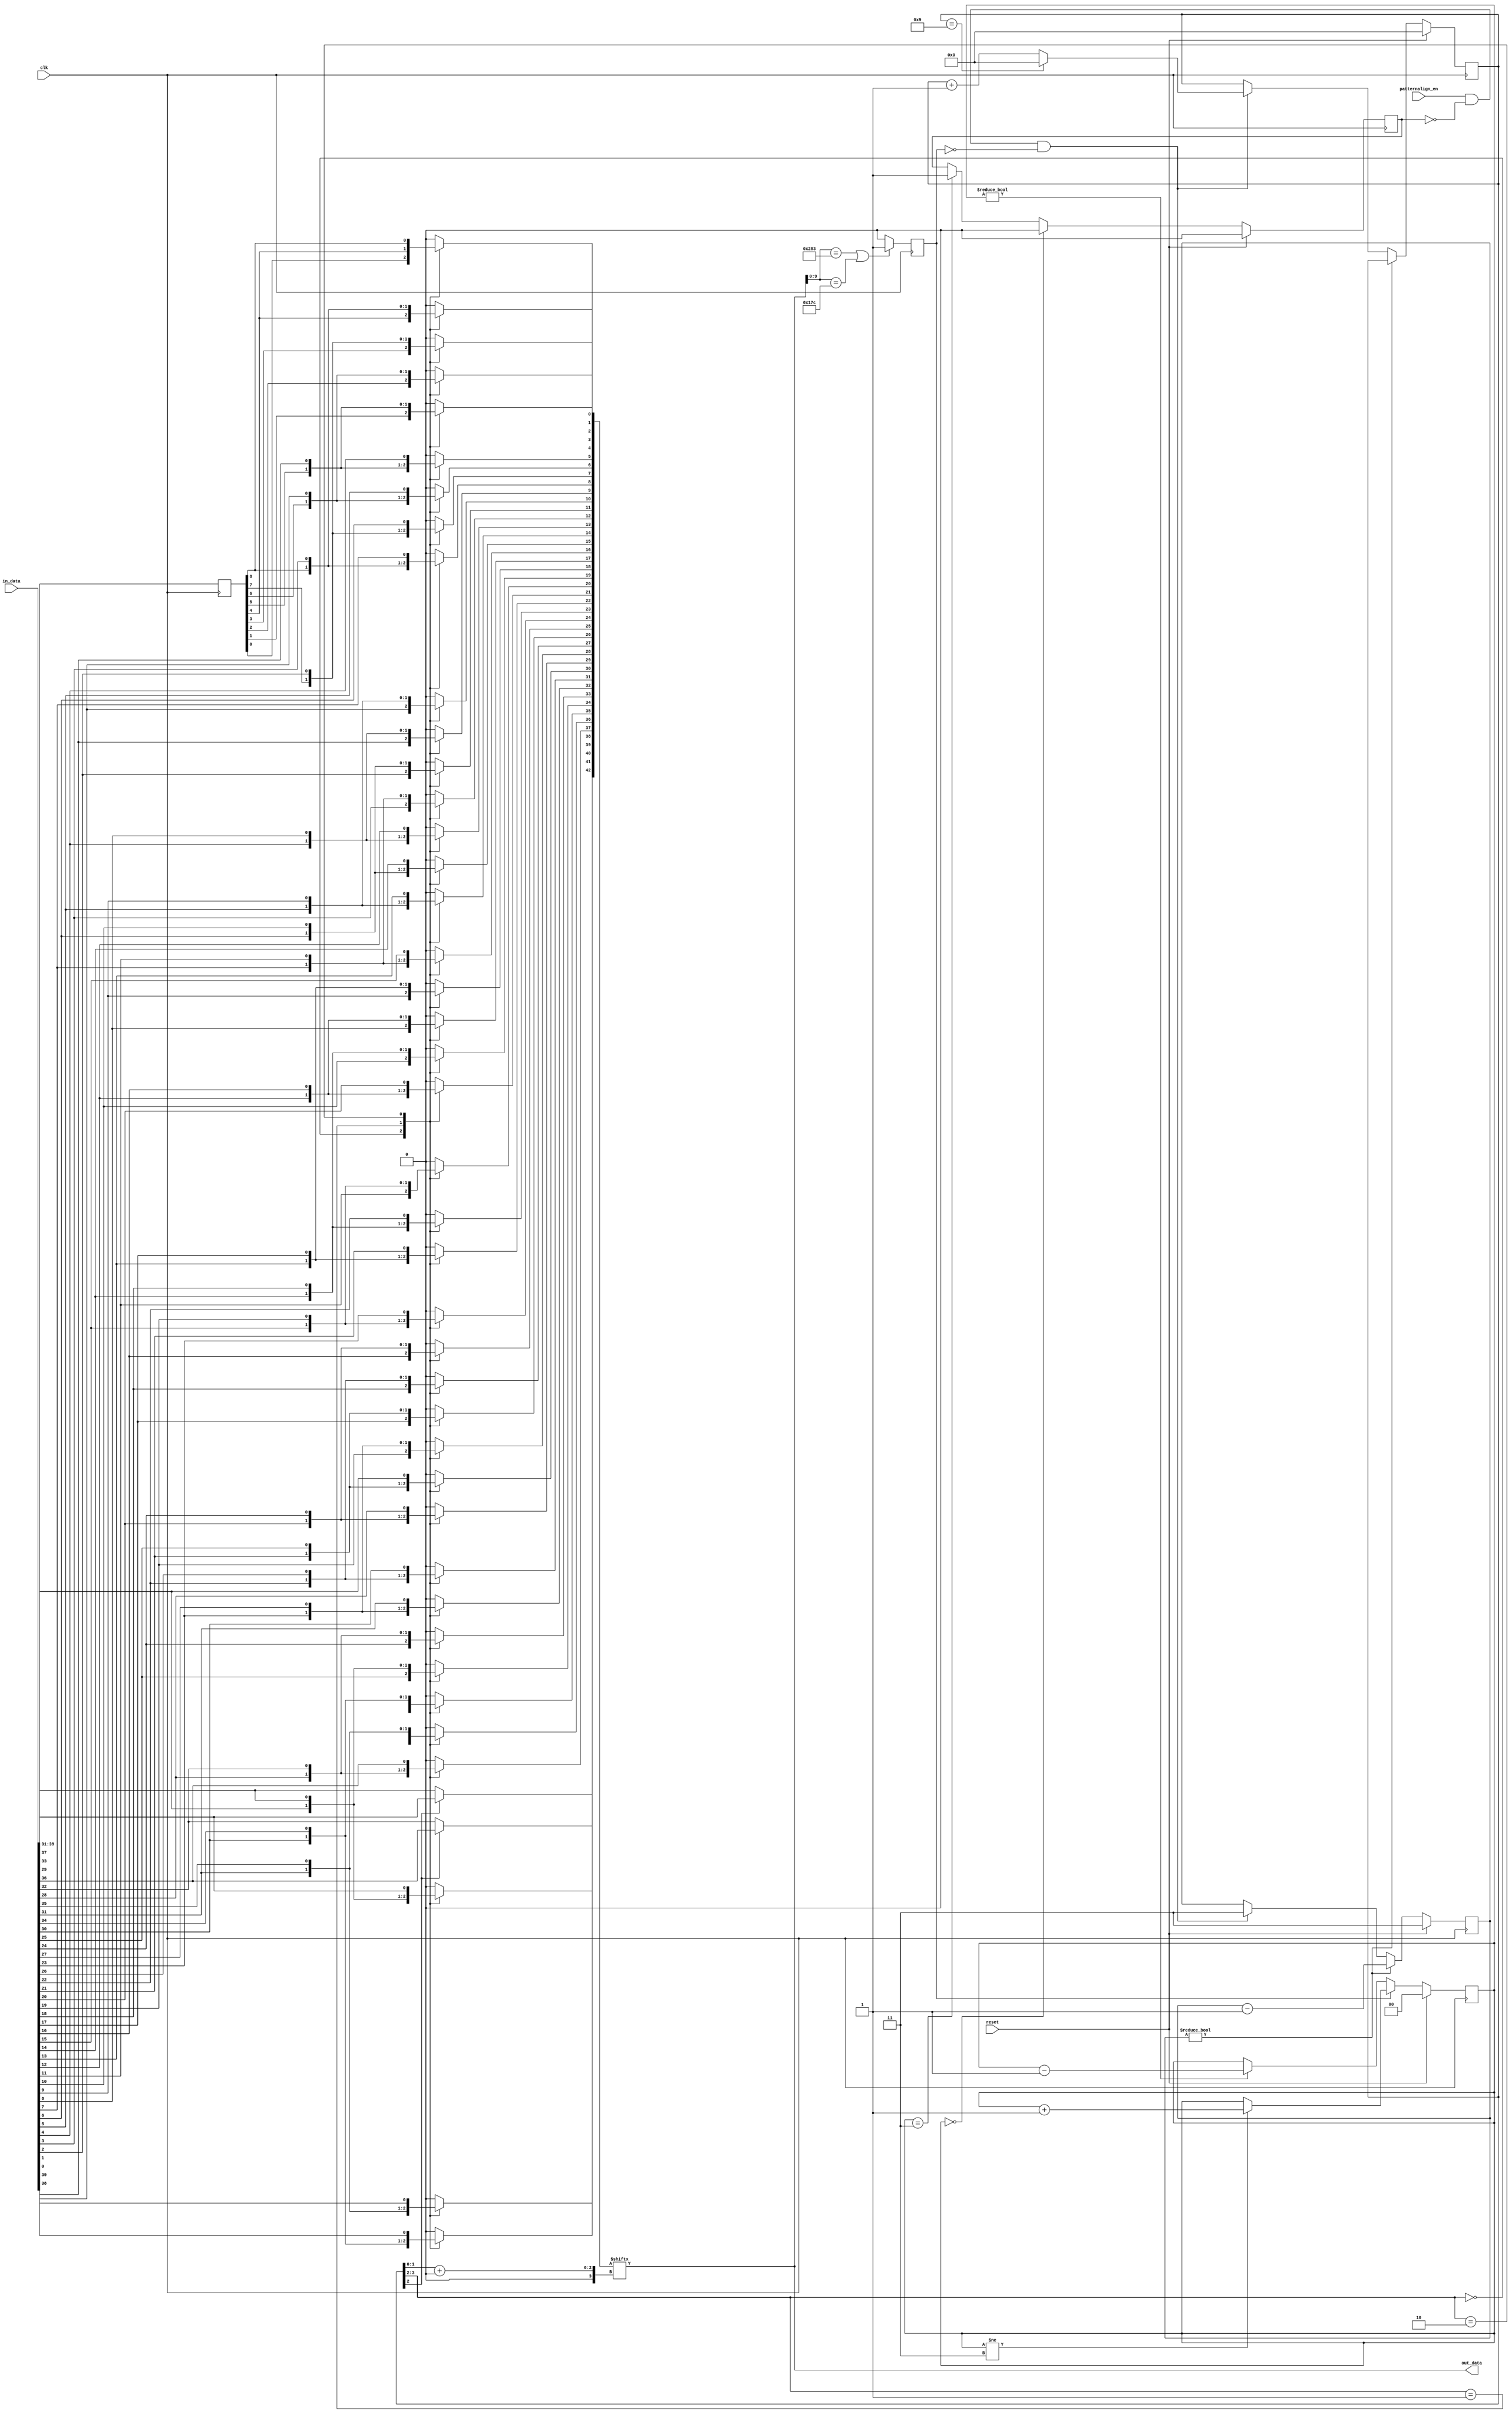
//
// The ADI JESD204 Core is released under the following license, which is
// different than all other HDL cores in this repository.
//
// Please read this, and understand the freedoms and responsibilities you have
// by using this source code/core.
//
// The JESD204 HDL, is copyright  2016-2017 Analog Devices Inc.
//
// This core is free software, you can use run, copy, study, change, ask
// questions about and improve this core. Distribution of source, or resulting
// binaries (including those inside an FPGA or ASIC) require you to release the
// source of the entire project (excluding the system libraries provide by the
// tools/compiler/FPGA vendor). These are the terms of the GNU General Public
// License version 2 as published by the Free Software Foundation.
//
// This core  is distributed in the hope that it will be useful, but WITHOUT ANY
// WARRANTY; without even the implied warranty of MERCHANTABILITY or FITNESS FOR
// A PARTICULAR PURPOSE. See the GNU General Public License for more details.
//
// You should have received a copy of the GNU General Public License version 2
// along with this source code, and binary.  If not, see
// <http://www.gnu.org/licenses/>.
//
// Commercial licenses (with commercial support) of this JESD204 core are also
// available under terms different than the General Public License. (e.g. they
// do not require you to accompany any image (FPGA or ASIC) using the JESD204
// core with any corresponding source code.) For these alternate terms you must
// purchase a license from Analog Devices Technology Licensing Office. Users
// interested in such a license should contact jesd204-licensing@analog.com for
// more information. This commercial license is sub-licensable (if you purchase
// chips from Analog Devices, incorporate them into your PCB level product, and
// purchase a JESD204 license, end users of your product will also have a
// license to use this core in a commercial setting without releasing their
// source code).
//
// In addition, we kindly ask you to acknowledge ADI in any program, application
// or publication in which you use this JESD204 HDL core. (You are not required
// to do so; it is up to your common sense to decide whether you want to comply
// with this request or not.) For general publications, we suggest referencing :
// The design and implementation of the JESD204 HDL Core used in this project
// is copyright  2016-2017, Analog Devices, Inc.
//

`timescale 1ns/100ps

module jesd204_pattern_align #(
  parameter DATA_PATH_WIDTH = 4
) (
  input clk,
  input reset,

  input patternalign_en,

  input [DATA_PATH_WIDTH*10-1:0] in_data,
  output [DATA_PATH_WIDTH*10-1:0] out_data
);

localparam [9:0] PATTERN_P = 10'b1010000011;
localparam [9:0] PATTERN_N = 10'b0101111100;

reg [1:0] match_counter = 2'h0;
reg pattern_sync = 1'b0;
reg pattern_match = 1'b0;

reg [3:0] align = 4'h0;
reg [1:0] cooldown = 2'h3;

reg [8:0] data_d1 = 9'h00;
reg [DATA_PATH_WIDTH*10+2:0] aligned_data_stage1;
reg [DATA_PATH_WIDTH*10-1:0] aligned_data_stage2;
wire [(DATA_PATH_WIDTH+1)*10-2:0] full_data;

assign full_data = {in_data,data_d1};
assign out_data = aligned_data_stage2;

/* 2-stage cascade of 3:1 and 4:1 muxes */

integer i;

always @(*) begin
  for (i = 0; i < DATA_PATH_WIDTH*10+3; i = i + 1) begin
    if (i < DATA_PATH_WIDTH*10+1) begin
      case (align[3:2])
      2'b00: aligned_data_stage1[i] = full_data[i];
      2'b01: aligned_data_stage1[i] = full_data[i+4];
      2'b10: aligned_data_stage1[i] = full_data[i+8];
      default: aligned_data_stage1[i] = 1'b0;
      endcase
    end else begin
      case (align[2])
      1'b0: aligned_data_stage1[i] = full_data[i];
      default: aligned_data_stage1[i] = full_data[i+4];
      endcase
    end
  end

  aligned_data_stage2 = aligned_data_stage1[align[1:0]+:DATA_PATH_WIDTH*10];
end

always @(posedge clk) begin
  data_d1 <= in_data[DATA_PATH_WIDTH*10-9+:9];
end

always @(posedge clk) begin
  if (out_data[9:0] == PATTERN_P || out_data[9:0] == PATTERN_N) begin
    pattern_match <= 1'b1;
  end else begin
    pattern_match <= 1'b0;
  end
end

always @(posedge clk) begin
  if (reset == 1'b1) begin
    cooldown <= 2'h3;
    align <= 4'h0;
  end else begin
    if (cooldown != 2'h0) begin
      cooldown <= cooldown - 1'b1;
    end else if (patternalign_en == 1'b1 && pattern_sync == 1'b0 &&
                 pattern_match == 1'b0) begin
      cooldown <= 2'h3;
      if (align == 'h9) begin
        align <= 4'h0;
      end else begin
        align <= align + 1'b1;
      end
    end
  end
end

always @(posedge clk) begin
  if (reset == 1'b1) begin
    pattern_sync <= 1'b0;
    match_counter <= 2'h0;
  end else begin
    if (match_counter == 2'h0) begin
      pattern_sync <= 1'b0;
    end else if (match_counter == 2'h3) begin
      pattern_sync <= 1'b1;
    end

    if (pattern_match == 1'b1) begin
      if (match_counter != 2'h3) begin
        match_counter <= match_counter + 1'b1;
      end
    end else begin
      if (match_counter != 2'h0) begin
        match_counter <= match_counter - 1'b1;
      end
    end
  end
end

endmodule